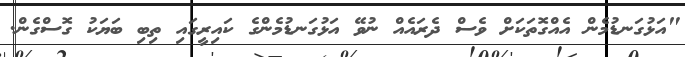
"އަޅުގަނޑުމެން އެއްގޮތަކަށް ވެސް ދެރައެއް ނުވޭ އަޅުގަނޑުމެންގެ ކައިރީގައި ތިބި ބަޔަކު ގޮސްގެން.